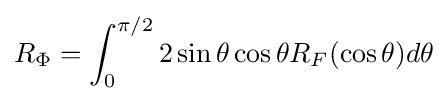
R_{\Phi }=\int _{0}^{\pi /2}2\sin \theta \cos \theta R_{F}(\cos \theta )d\theta